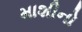
માશીનો